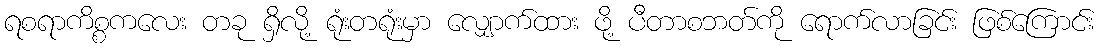
ရစရာကိစ္စကလေး တခု ရှိလို့ ရုံးတရုံးမှာ လျှောက်ထား ဖို့ ပီတာစဘတ်ကို ရောက်လာခြင်း ဖြစ်ကြောင်း